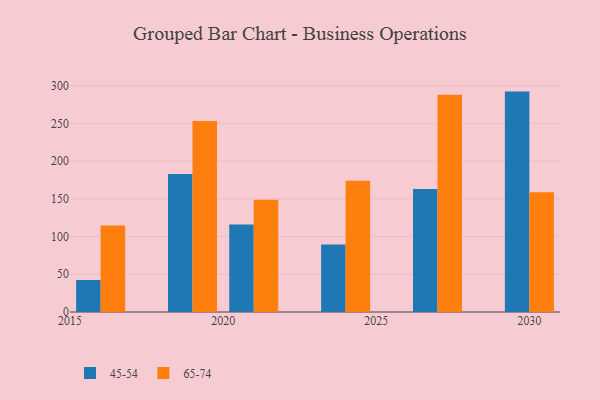
{"axis": {"x": "Year", "y": "Website Visitors"}, "legend": ["45-54", "65-74"], "data": [{"x": "2019", "y": 182.8, "type": "45-54"}, {"x": "2019", "y": 253.0, "type": "65-74"}, {"x": "2024", "y": 89.6, "type": "45-54"}, {"x": "2024", "y": 174.1, "type": "65-74"}, {"x": "2021", "y": 115.9, "type": "45-54"}, {"x": "2021", "y": 148.9, "type": "65-74"}, {"x": "2030", "y": 292.1, "type": "45-54"}, {"x": "2030", "y": 158.7, "type": "65-74"}, {"x": "2027", "y": 162.9, "type": "45-54"}, {"x": "2027", "y": 287.8, "type": "65-74"}, {"x": "2016", "y": 42.4, "type": "45-54"}, {"x": "2016", "y": 114.6, "type": "65-74"}]}